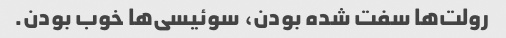
رولت‌ها سفت شده بودن، سوئیسی‌ها خوب بودن.